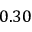
0 . 3 0